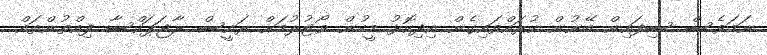
ނަމަވެސް ސިފައިން ބޭނުން ކުރައްވައިގެން އިދިކޮޅު މީހުން ވޯޓުލުމަށް ރައީސް ރާޖަޕަކްސާ ފިއްތުންތައް